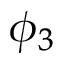
\phi _ { 3 }